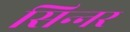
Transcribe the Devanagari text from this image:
सिन्‍नर